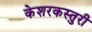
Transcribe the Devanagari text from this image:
केशरकस्तुरी